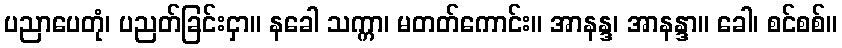
ပညာပေတုံ၊ ပညတ်ခြင်းငှာ။ နခေါ သက္ကာ၊ မတတ်ကောင်း။ အာနန္ဒ၊ အာနန္ဒာ။ ခေါ၊ စင်စစ်။